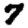
Digit: 7